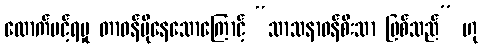
ထောက်ပင့်ရမှု တာဝန်ပိုနေသောကြောင့် “သာသနာဝန်စီးသာ ဖြစ်သည်” ဟု